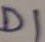
Text: D1